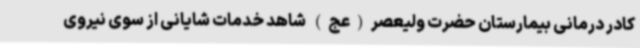
کادر درمانی بیمارستان حضرت ولیعصر(عج) شاهد خدمات شایانی از سوی نیروی